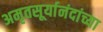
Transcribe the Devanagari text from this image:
अमृतसूर्यानंदांच्या